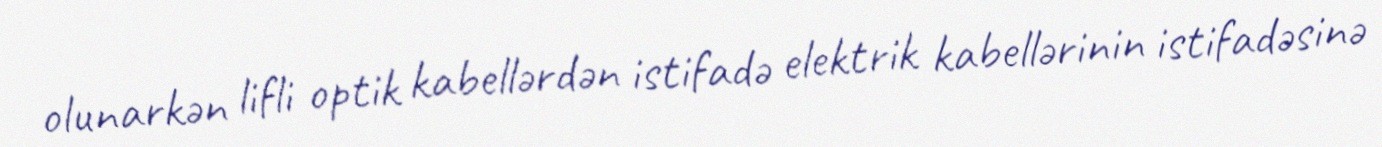
olunarkən lifli optik kabellərdən istifadə elektrik kabellərinin istifadəsinə